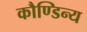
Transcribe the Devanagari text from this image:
कौण्डिन्य